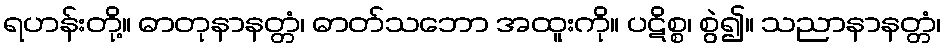
ရဟန်းတို့။ ဓာတုနာနတ္တံ၊ ဓာတ်သဘော အထူးကို။ ပဋိစ္စ၊ စွဲ၍။ သညာနာနတ္တံ၊